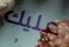
عليك